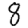
Digit: 8